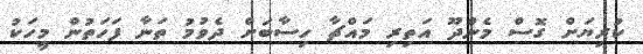
ކުރިޔަށް ގޮސް މެންދޫ އަތިރި މައްޗާ ހިސާބަށް ދެވުމު ތަނާ ފަހަތުން މީހަކު